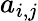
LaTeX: a_{i,j}